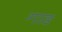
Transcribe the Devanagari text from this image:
गाङ